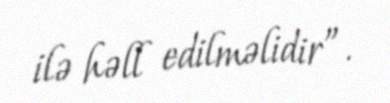
ilə həll edilməlidir”.